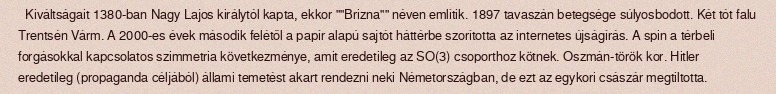
Kiváltságait 1380-ban Nagy Lajos királytól kapta, ekkor ""Brizna"" néven említik. 1897 tavaszán betegsége súlyosbodott. Két tót falu Trentsén Várm. A 2000-es évek második felétől a papír alapú sajtót háttérbe szorította az internetes újságírás. A spin a térbeli forgásokkal kapcsolatos szimmetria következménye, amit eredetileg az SO(3) csoporthoz kötnek. Oszmán-török kor. Hitler eredetileg (propaganda céljából) állami temetést akart rendezni neki Németországban, de ezt az egykori császár megtiltotta.